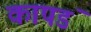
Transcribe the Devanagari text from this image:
कापडं